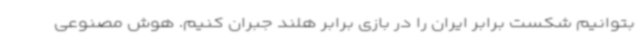
بتوانیم شکست برابر ایران را در بازی برابر هلند جبران کنیم. هوش مصنوعی